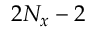
2 N _ { x } - 2